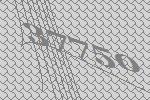
37750